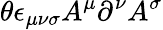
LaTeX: \theta\epsilon_{\mu\nu\sigma}A^{\mu}\partial^{\nu}A^{\sigma}